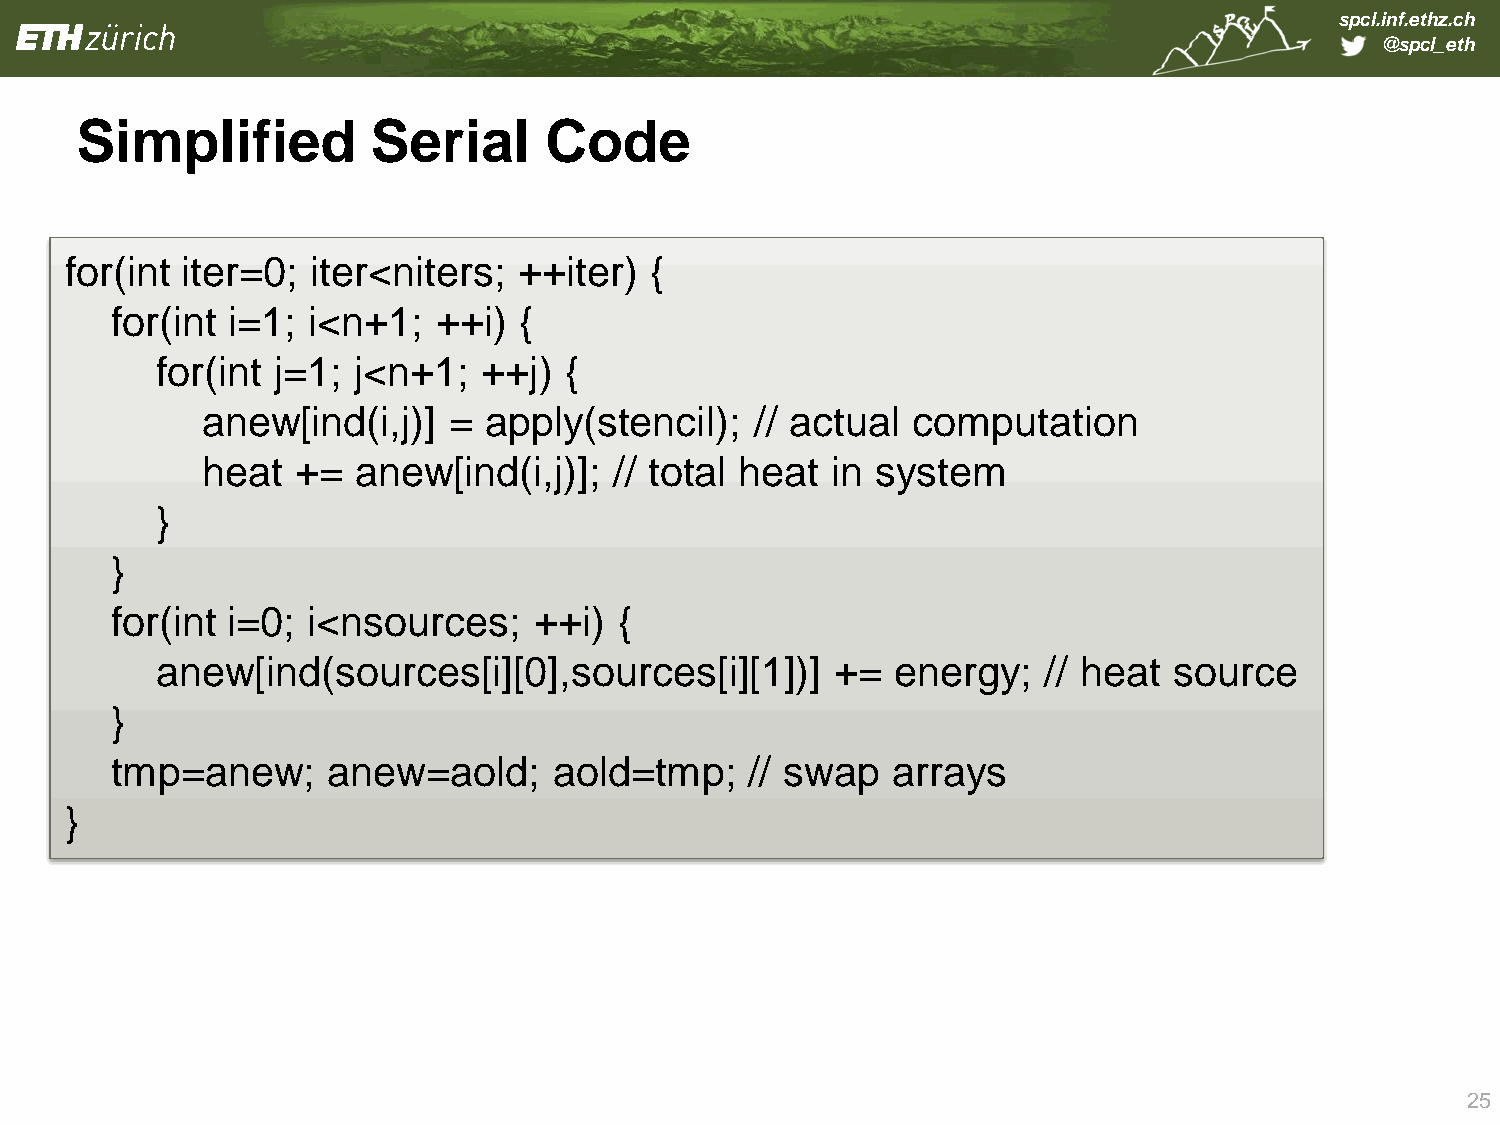
spcl.inf.ethz.ch
 @spcl_eth
 Simplified          Serial     Code
 for(int iter=0;  iter<niters; ++iter)  {
 for(int i=1; i<n+1;   ++i) {
 for(int j=1; j<n+1;   ++j) {
 anew[ind(i,j)]   = apply(stencil);   // actual computation
 heat   += anew[ind(i,j)];   // total heat in system
 }
 }
 for(int i=0; i<nsources;    ++i)  {
 anew[ind(sources[i][0],sources[i][1])]       +=  energy;   // heat  source
 }
 tmp=anew;      anew=aold;     aold=tmp;    // swap  arrays
 }
 25